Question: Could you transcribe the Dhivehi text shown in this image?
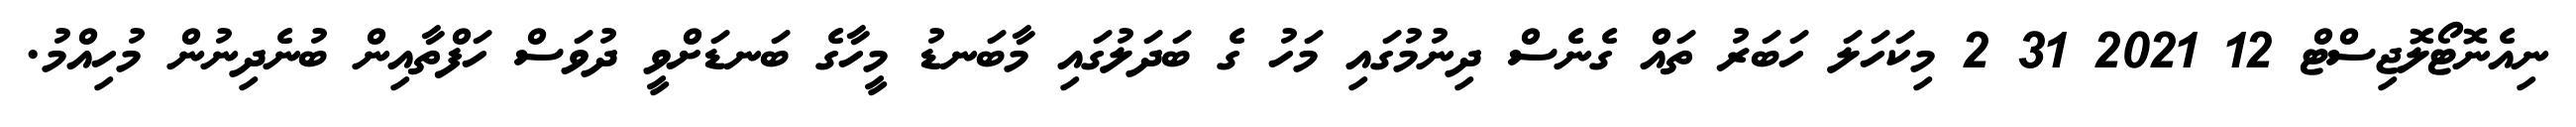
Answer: ނިއެނޮޓޯލޮޖިސްޓް 12 2021 31 2 މިކަހަލަ ހަބަރު ތައް ގެނެސް ދިނުމުގައި މަހު ގެ ބަދަލުގައި މާބަނޑު މީހާގެ ބަނޑަށްވީ ދުވަސް ހަފްތާއިން ބުނެދިނުން މުހިއްމު.